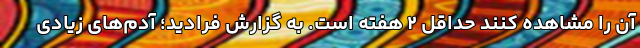
آن را مشاهده کنند حداقل ۲ هفته است. به گزارش فرادید؛ آدم‌های زیادی